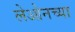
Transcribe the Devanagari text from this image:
लेओनच्या